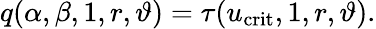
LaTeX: q(\alpha,\beta,1,r,\vartheta)=\tau(u_{\mathrm{crit}},1,r,\vartheta).